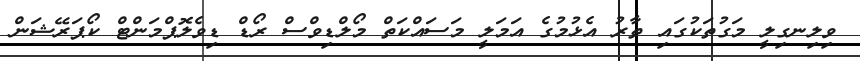
ވިލިނގިލީ މަގުތަކުގައި ތާރު އެޅުމުގެ އަމަލީ މަސައްކަތް މޯލްޑިވްސް ރޯޑް ޑިވެލޮޕްމަންޓް ކޯޕަރޭޝަން